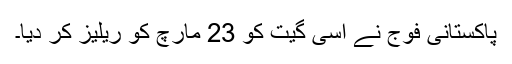
پاکستانی فوج نے اسی گيت کو 23 مارچ کو ریلیز کر دیا۔